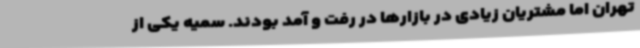
تهران اما مشتریان زیادی در بازارها در رفت و آمد بودند. سمیه یکی از